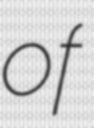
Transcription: of